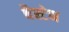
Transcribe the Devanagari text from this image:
बैस्टेन